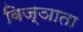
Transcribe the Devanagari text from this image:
विज्ञाता